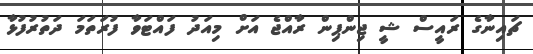
ޗައިނާގެ ރައީސް ޝީ ޖިންޕިން ރާއްޖެ އަށް މިއަދު ފައްޓަވާ ފުރަތަމަ ދަތުރުފުޅާ